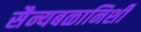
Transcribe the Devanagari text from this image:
सैन्यबळानिशी